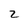
Character: 2